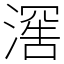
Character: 𬈯